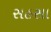
સહસા